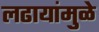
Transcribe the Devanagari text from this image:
लढायांमुळे